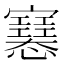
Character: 𢥛